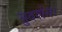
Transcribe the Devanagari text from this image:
सुदर्शनः